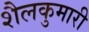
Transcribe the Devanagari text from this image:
शैलकुमारी